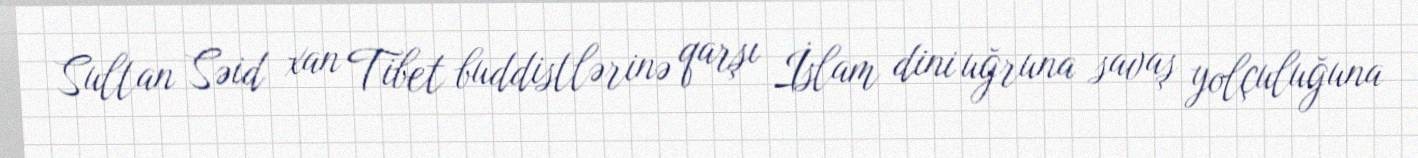
Sultan Səid xan Tibet buddistlərinə qarşı İslam dini uğruna savaş yolçuluğuna